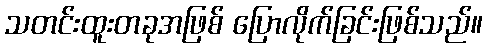
သတင်းထူးတခုအဖြစ် ပြောလိုက်ခြင်းဖြစ်သည်။